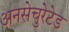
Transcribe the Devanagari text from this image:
अनसेचुरेटेड